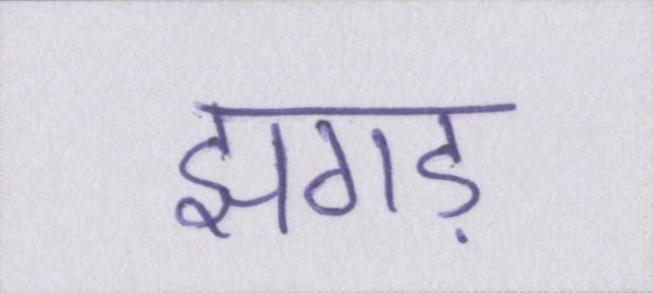
झगड़